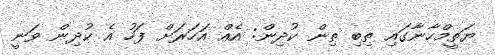
ޔަތީމްހާނާގައި ތިބި ތިން ކުދިން: އެއް އަހަރަށް ފަހު އެ ކުދިން ވަނީ